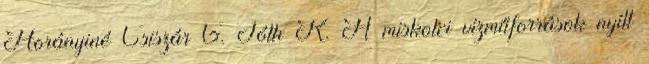
Horányiné Csiszár G. Tóth K. A miskolci vízműforrások nyílt